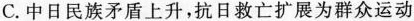
C.中日民族矛盾上升，抗日救亡扩展为群众运动